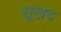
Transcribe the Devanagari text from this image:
सूखद